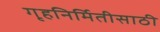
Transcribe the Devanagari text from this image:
गृहनिर्मितीसाठी